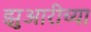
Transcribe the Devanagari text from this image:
झुआरीच्या